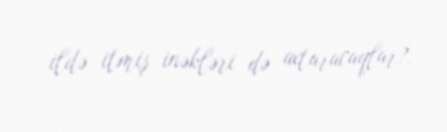
ildə itmiş inəkləri də axtaracaqlar?.